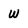
Character: W